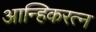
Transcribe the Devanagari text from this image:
आन्हिकरत्न